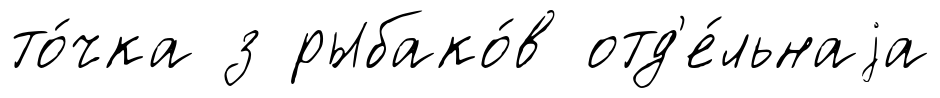
то́чка з рыбако́в отд'е́льнаjа